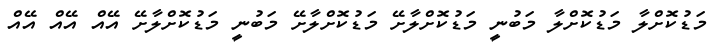
މަޑުކޮށްލާ މަޑުކޮށްލާ މަބުނީ މަޑުކޮށްލާށޭ މަޑުކޮށްލާށޭ މަބުނީ މަޑުކޮށްލާށޭ އޭއް އޭއް އޭއް